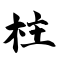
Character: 柱